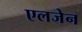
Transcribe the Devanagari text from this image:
एलजेन